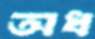
অধ